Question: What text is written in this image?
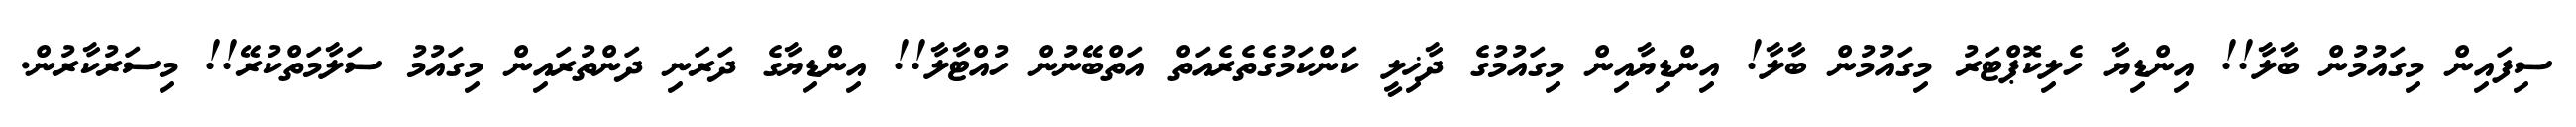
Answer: ސިފައިން މިގައުމުން ބާލާ!! އިންޑިޔާ ހެލިކޮޕްޓަރު މިގައުމުން ބާލާ! އިންޑިޔާއިން މިގައުމުގެ ދާޚިލީ ކަންކަމުގެތެރެއަތް އަތްބޭނުން ހުއްޓާލާ!! އިންޑިޔާގެ ދަރަނި ދަންތުރައިން މިގައުމު ސަލާމަތްކުރޭ!! މިސަރުކާރުން.